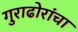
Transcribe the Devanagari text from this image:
गुराढोरांचा